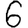
Digit: 6